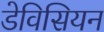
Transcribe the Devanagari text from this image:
डेविसियन